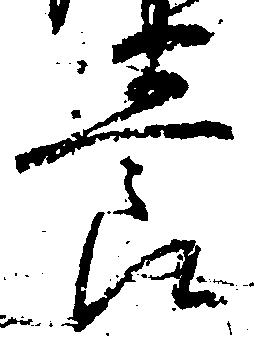
養